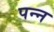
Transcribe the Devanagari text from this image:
पन्न